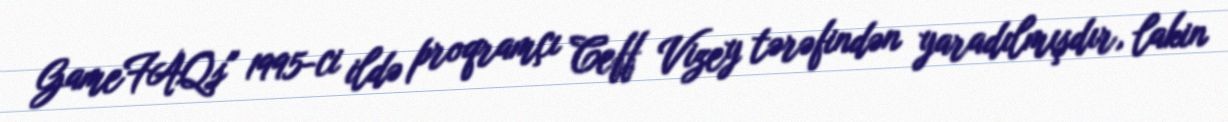
GameFAQs" 1995-ci ildə proqramçı Ceff Vizey tərəfindən yaradılmışdır, lakin